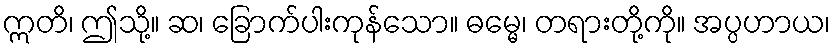
ဣတိ၊ ဤသို့။ ဆ၊ ခြောက်ပါးကုန်သော။ ဓမ္မေ၊ တရားတို့ကို။ အပ္ပဟာယ၊